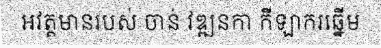
អវត្តមានរបស់ ចាន់ វឌ្ឍនកា កីឡាករឆ្នើម